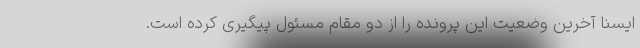
ایسنا آخرین وضعیت این پرونده را از دو مقام مسئول پیگیری کرده است.